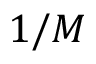
1 / M